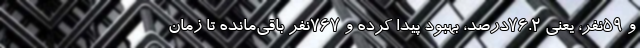
و ۵۹نفر، یعنی ۷۶.۲درصد، بهبود پیدا کرده و ۷۶۷نفر باقی‌مانده تا زمان